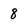
Character: 8